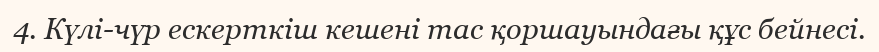
4. Күлі-чүр ескерткіш кешені тас қоршауындағы құс бейнесі.